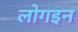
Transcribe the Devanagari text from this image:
लोगइन